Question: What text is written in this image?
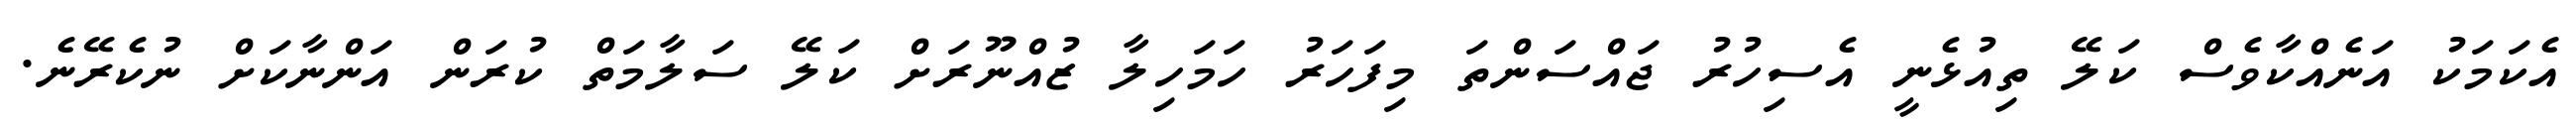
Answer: އެކަމަކު އަނެއްކާވެސް ކަލޭ ތިއުޅެނީ އެސިހުރު ޖައްސަންތަ މިފަހަރު ހަމަހިލާ ޒުއްނޫރަށް ކަލޭ ސަލާމަތް ކުރަން އަންނާކަށް ނުކެރޭނެ.